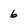
Character: 6